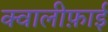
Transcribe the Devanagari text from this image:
क्वालीफ़ाई